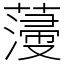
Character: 薓